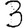
Digit: 3